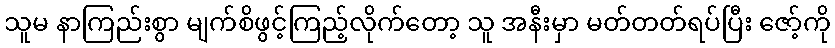
သူမ နာကြည်းစွာ မျက်စိဖွင့်ကြည့်လိုက်တော့ သူ အနီးမှာ မတ်တတ်ရပ်ပြီး ဇော့်ကို